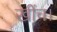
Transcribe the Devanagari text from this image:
खींच।